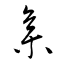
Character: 集